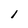
Character: l